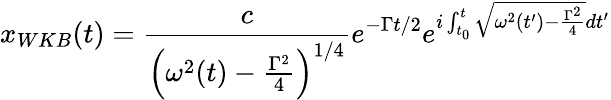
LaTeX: x_{WKB}(t)=\frac{c}{\left(\omega^{2}(t)-\frac{\Gamma^{2}}{4}\right)^{1/4}}e^{-\Gamma t/2}e^{i\int_{t_{0}}^{t}\sqrt{\omega^{2}\left(t^{\prime}\right)-\frac{\Gamma^{2}}{4}}dt^{\prime}}